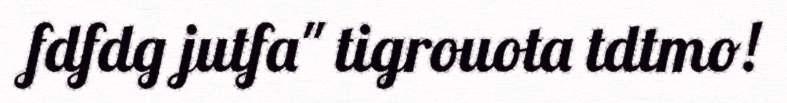
fdfdg jutfa" tigrouota tdtmo!